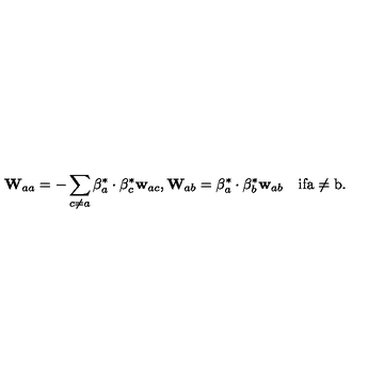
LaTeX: { \bf W } _ { a a } = - \sum _ { c \neq a } { \mathrm { \boldmath \beta } } _ { a } ^ { * } \cdot { \mathrm { \boldmath \beta } } _ { c } ^ { * } { \bf w } _ { a c } , { \bf W } _ { a b } = { \mathrm { \boldmath \beta } } _ { a } ^ { * } \cdot { \mathrm { \boldmath \beta } } _ { b } ^ { * } { \bf w } _ { a b } \quad \mathrm { i f a \neq b } .